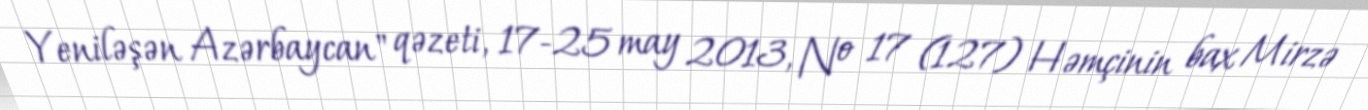
Yeniləşən Azərbaycan" qəzeti, 17-25 may 2013, № 17 (127) Həmçinin bax Mirzə